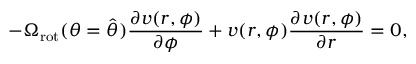
- \Omega _ { \mathrm { r o t } } ( \theta = \hat { \theta } ) \frac { \partial v ( r , \phi ) } { \partial \phi } + v ( r , \phi ) \frac { \partial v ( r , \phi ) } { \partial r } = 0 ,